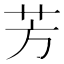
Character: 芳